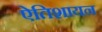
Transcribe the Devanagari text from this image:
ऐतिशायन